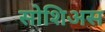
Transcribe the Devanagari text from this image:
सोशिअस